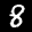
Label: 8